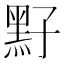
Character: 𪐣